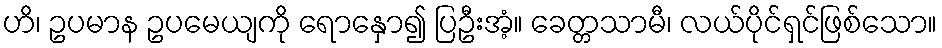
ဟိ၊ ဥပမာန ဥပမေယျကို ရောနှော၍ ပြဦးအံ့။ ခေတ္တသာမီ၊ လယ်ပိုင်ရှင်ဖြစ်သော။